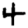
Digit: 4